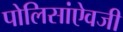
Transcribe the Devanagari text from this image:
पोलिसांऐवजी